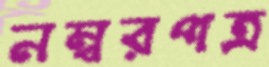
নম্বরপত্র